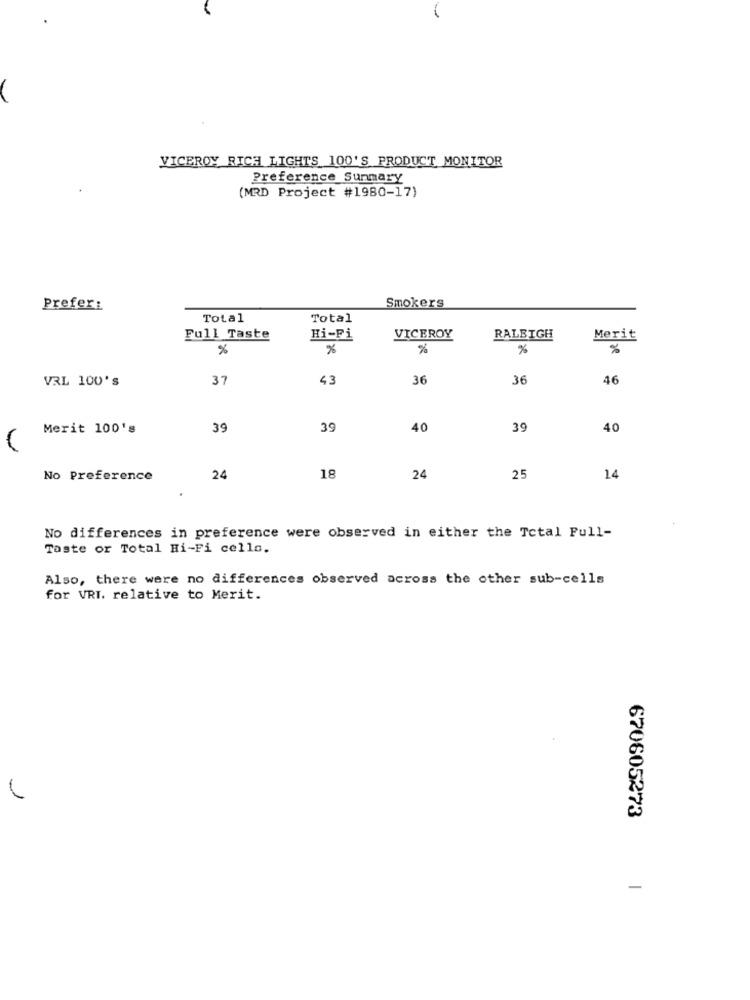
VICEROY RICH LIGHTS 100'S PRODUCT MONITOR
Preference Summary
(MRD Project #1980-17)
Prefer:
Smokers
Total
Total
Full Taste
Hi-Fi
VICEROY
RALEIGH
Merit
%
%
%
%
%
VRL 100's
37
43
36
36
46
Merit 100's
39
39
40
39
40
No Preference
24
18
24
25
14
No differences in preference were observed in either the Total Pull-
Taste or Total Hi-Fi cello.
Also, there were no differences observed across the other sub-cells
for VRI. relative to Merit.
670605273
-